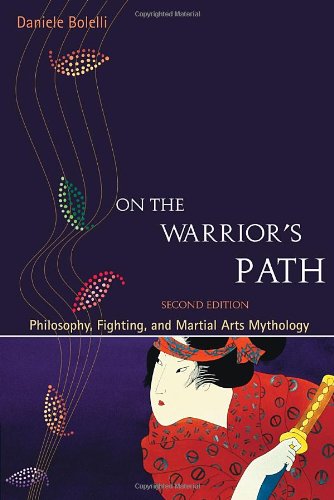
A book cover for On the Warrior's Path, Second Edition: Philosophy, Fighting, and Martial Arts Mythology; Daniele Bolelli; Humor & Entertainment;